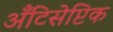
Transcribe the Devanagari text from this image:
अँटिसेप्टिक